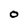
Character: O